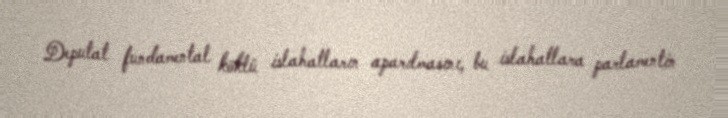
Deputat fundamental köklü islahatların aparılmasını, bu islahatlara parlamentin